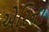
એરિના